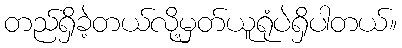
တည်ရှိခဲ့တယ်လို့မှတ်ယူရုံပဲရှိပါတယ်။